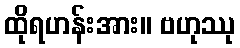
ထိုရဟန်းအား။ ဗဟုဿု